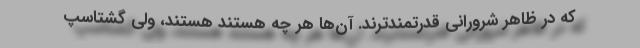
که در ظاهر شرورانی قدرتمندترند. آن‌ها هر چه هستند هستند، ولی گشتاسپ